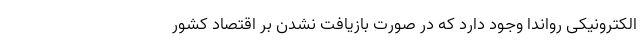
الکترونیکی رواندا وجود دارد که در صورت بازیافت نشدن بر اقتصاد کشور